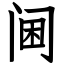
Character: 阃